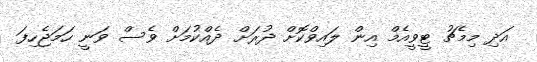
އަދި މިމެޗު ޓީވީއެމް އިން ލައިވްކޮށް ދުރަށް ދެއްކުމަށް ވެސް ވަނީ ހަމަޖެހިފަ